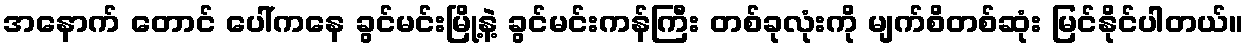
အနောက် တောင် ပေါ်ကနေ ခွင်မင်းမြို့နဲ့ ခွင်မင်းကန်ကြီး တစ်ခုလုံးကို မျက်စိတစ်ဆုံး မြင်နိုင်ပါတယ်။